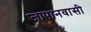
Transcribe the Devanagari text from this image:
जापानवासी